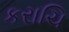
કરાચિ